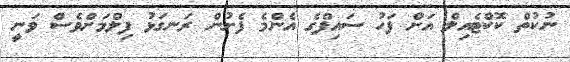
ނުކުތް ކޮކްޓެއިލް އަށް ފަހު ސައިފްގެ އެންމެ ފެށުން ރަނގަޅު ފިލްމަށްވެސް ވަނީ